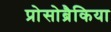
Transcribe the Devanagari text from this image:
प्रोसोब्रैकिया